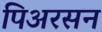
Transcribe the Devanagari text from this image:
पिअरसन